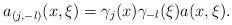
LaTeX: \begin{align*}a_{(j,-l)}(x,\xi)=\gamma_{j}(x)\gamma_{-l}(\xi)a(x,\xi).\end{align*}